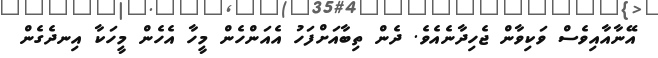
އޭނާއާއިވެސް ވަކިވާން ޖެހިދާނެއެވެ. ދެން ތިބާއަށްފަހު އެއަންހެން މީހާ އެހެން މީހަކާ އިނދެގެން